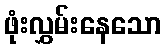
ဖုံးလွှမ်းနေသော